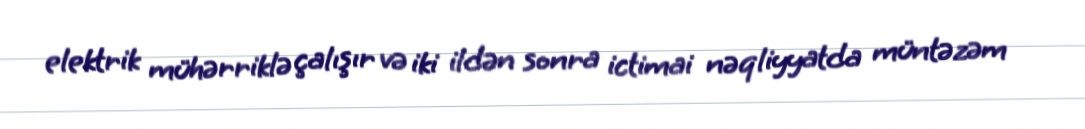
elektrik mühərriklə çalışır və iki ildən sonra ictimai nəqliyyatda müntəzəm